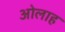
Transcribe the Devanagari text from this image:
ओलाह